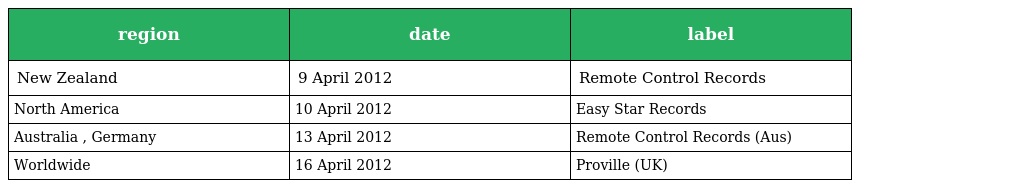
| region | date | label |
 | --- | --- | --- |
 | New Zealand | 9 April 2012 | Remote Control Records |
 | North America | 10 April 2012 | Easy Star Records |
 | Australia , Germany | 13 April 2012 | Remote Control Records (Aus) |
 | Worldwide | 16 April 2012 | Proville (UK) |